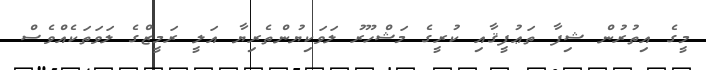
މީގެ އިތުރުން ޝިފާ ތަޢުފީޤާއި ކުރީގެ މަޝްހޫރު ލަވަކިޔުންތެރިޔާ އަލީ ރަމީޒްގެ ލަވަތަކެއްވެސް